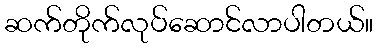
ဆက်တိုက်လုပ်ဆောင်လာပါတယ်။